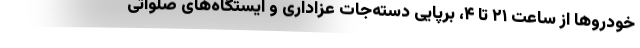
خودروها از ساعت ۲۱ تا ۴، برپایی دسته‌جات عزاداری و ایستگاه‌های صلواتی